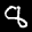
Label: 8